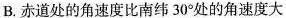
B.赤道处的角速度比南纬30°处的角速度大